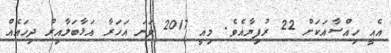
އެއީ ހިއްސާއަކަށް 22 ރުފިޔާއެވެ. މިއީ 2017 ވަނަ އަހަރާ އަޅާބަލާއިރު ދިހައެއް